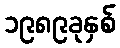
၁၉၈၉ခုနှစ်